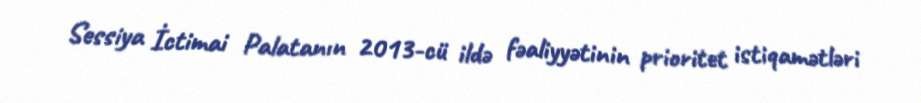
Sessiya İctimai Palatanın 2013-cü ildə fəaliyyətinin prioritet istiqamətləri